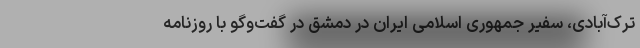
ترک‌آبادی، سفیر جمهوری اسلامی ایران در دمشق در گفت‌وگو با روزنامه